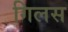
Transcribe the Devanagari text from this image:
गिलस